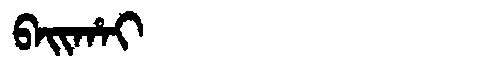
Manchu: ᠪᠠᡳᡥᠠᡳ
Romanization: BAIHAI